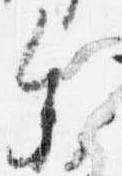
参